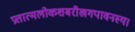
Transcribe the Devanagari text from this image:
प्रत्तात्मलोकशबरीखगपावनस्य।